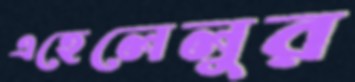
এহেলেলুর